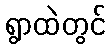
ရွာထဲတွင်